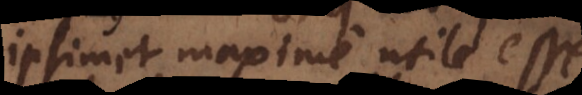
ipsimet maxime utile esse